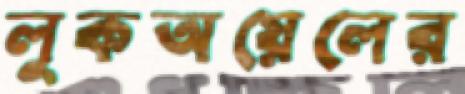
লুকঅয়েলের